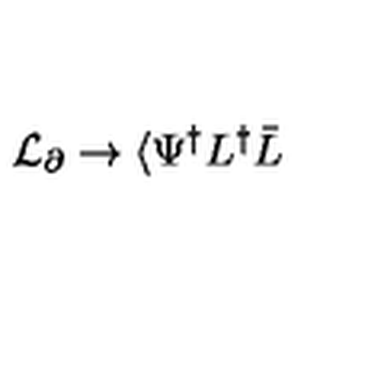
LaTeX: { \cal L } _ { \partial } \rightarrow \langle \Psi ^ { \dagger } L ^ { \dagger } \bar { L }